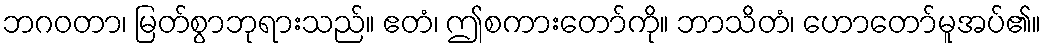
ဘဂဝတာ၊ မြတ်စွာဘုရားသည်။ ဧတံ၊ ဤစကားတော်ကို။ ဘာသိတံ၊ ဟောတော်မူအပ်၏။